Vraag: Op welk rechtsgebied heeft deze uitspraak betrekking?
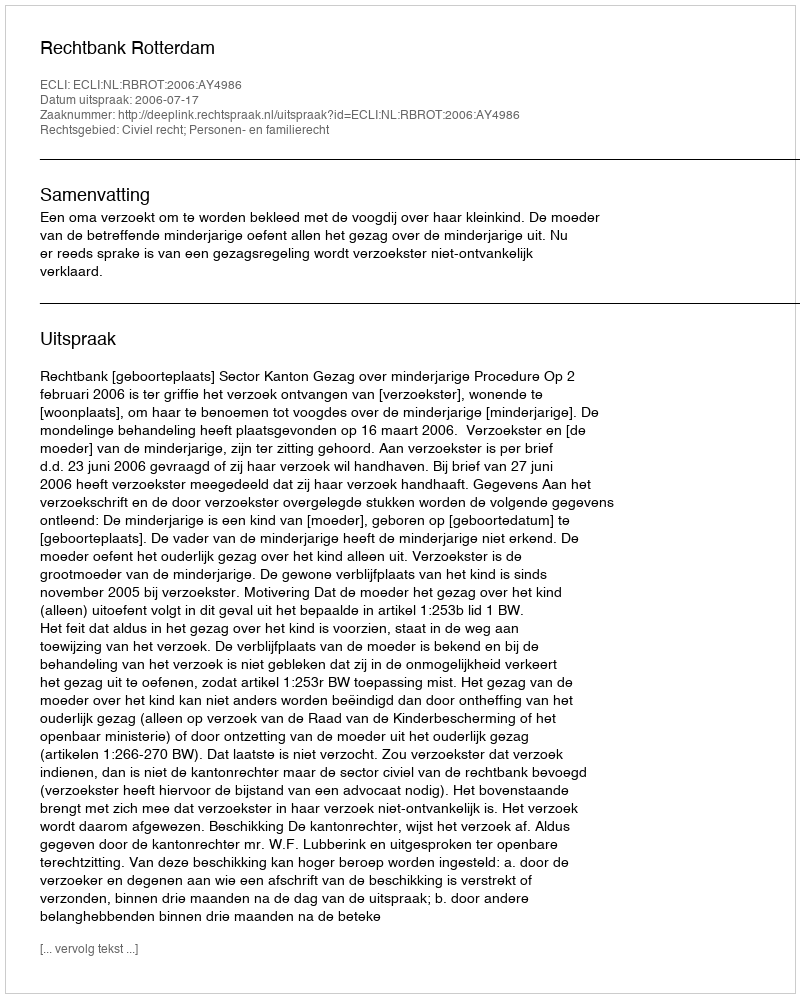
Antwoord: Civiel recht; Personen- en familierecht